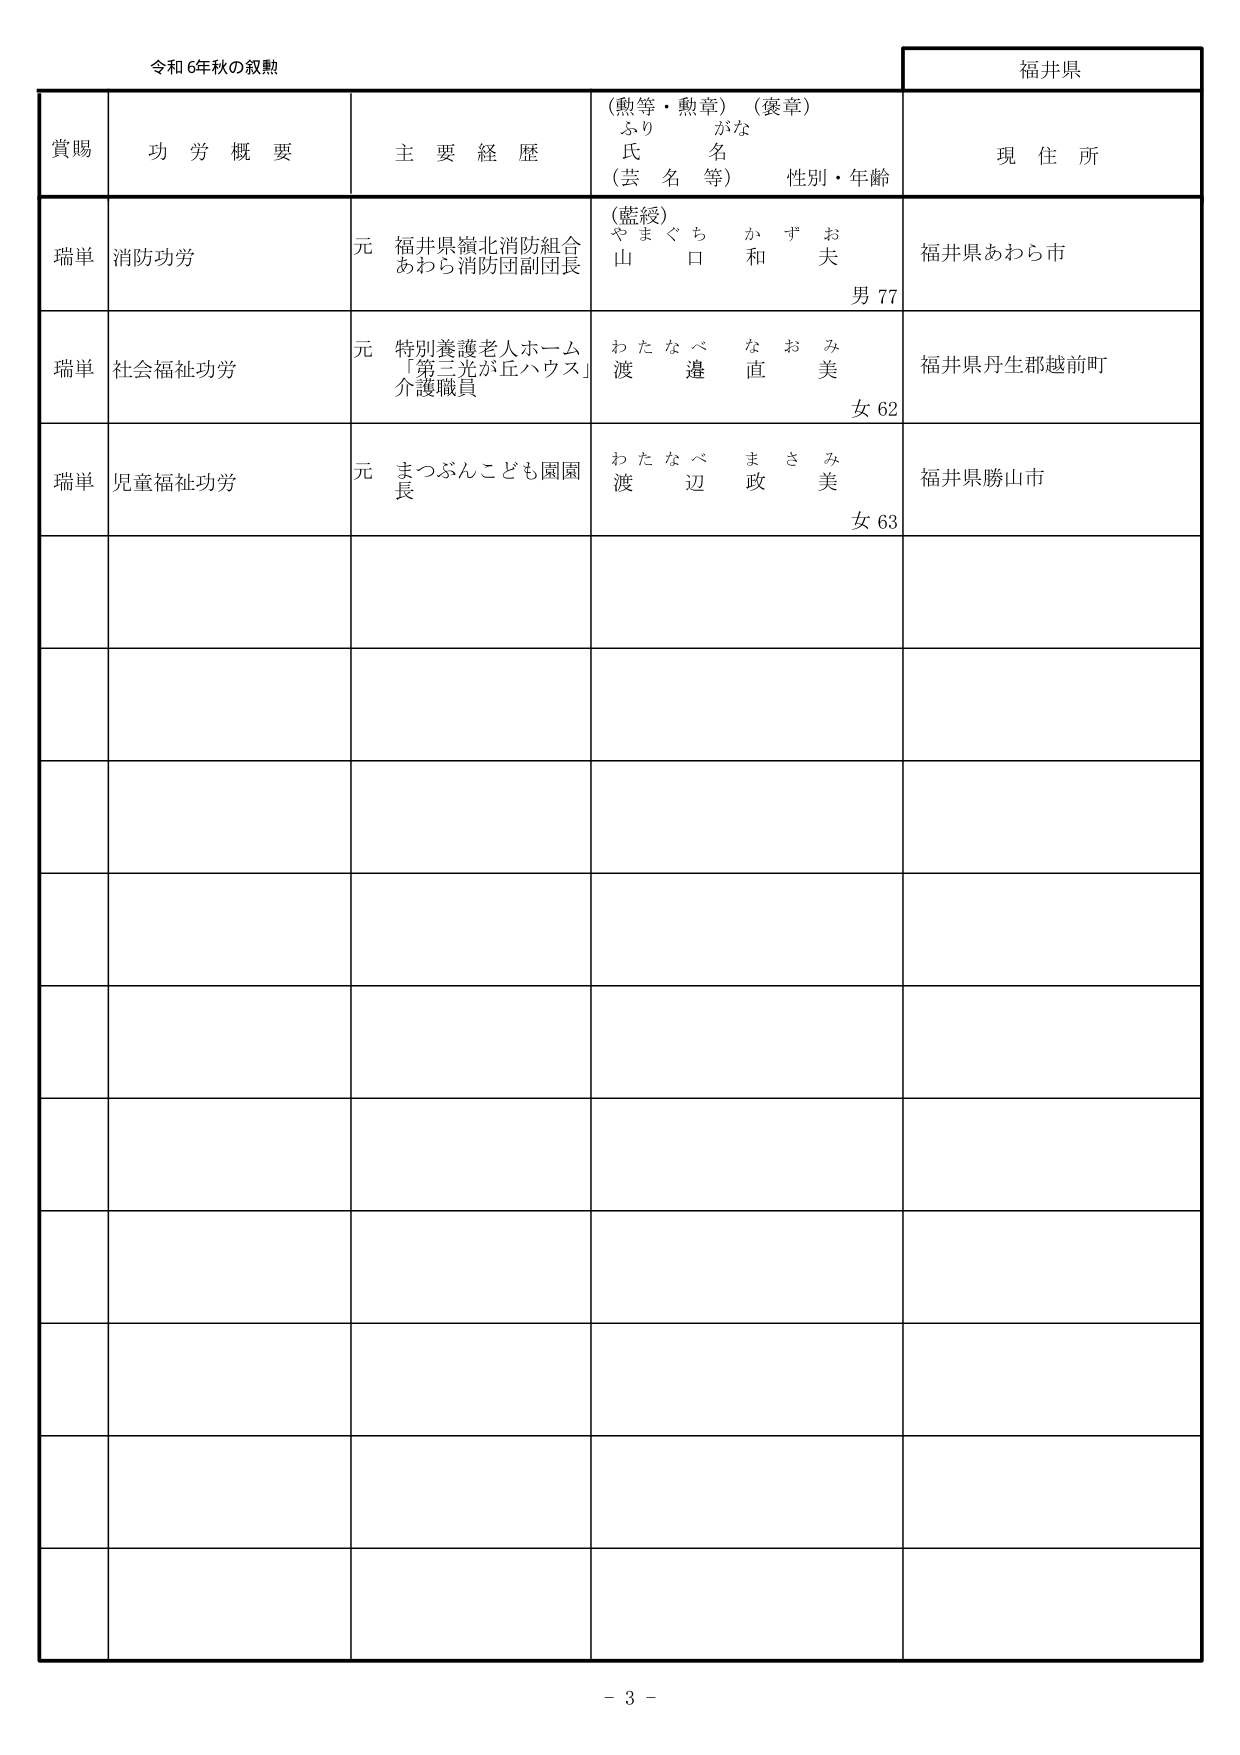
令和6年秋の叙勲

福井県

賞賜　功労概要　主要経歴　(勲等・勲章) (褒章)　現住所
　　　　　　　　　　　ふりがな
　　　　　　　　　　　氏名
　　　　　　　　　　　(芸名等)　性別・年齢

瑞単　消防功労　元 福井県嶺北消防組合
　　　　　　　　　　あわら消防団副団長
　　　　　　　　　　(藍綬)
　　　　　　　　　　やまぐち かずお
　　　　　　　　　　山 口 和 夫
　　　　　　　　　　男 77
　　　　　　　　　　福井県あわら市

瑞単　社会福祉功労　元 特別養護老人ホーム
　　　　　　　　　　「第三光が丘ハウス」
　　　　　　　　　　介護職員
　　　　　　　　　　わたなべ なおみ
　　　　　　　　　　渡 邊 直 美
　　　　　　　　　　女 62
　　　　　　　　　　福井県丹生郡越前町

瑞単　児童福祉功労　元 まつぶんこども園園長
　　　　　　　　　　わたなべ まさみ
　　　　　　　　　　渡 辺 政 美
　　　　　　　　　　女 63
　　　　　　　　　　福井県勝山市

- 3 -